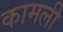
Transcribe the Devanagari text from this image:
कामली